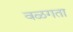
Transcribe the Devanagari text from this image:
वळगता